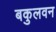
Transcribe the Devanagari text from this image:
बकुलवन